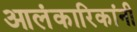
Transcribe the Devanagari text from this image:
आलंकारिकांनी